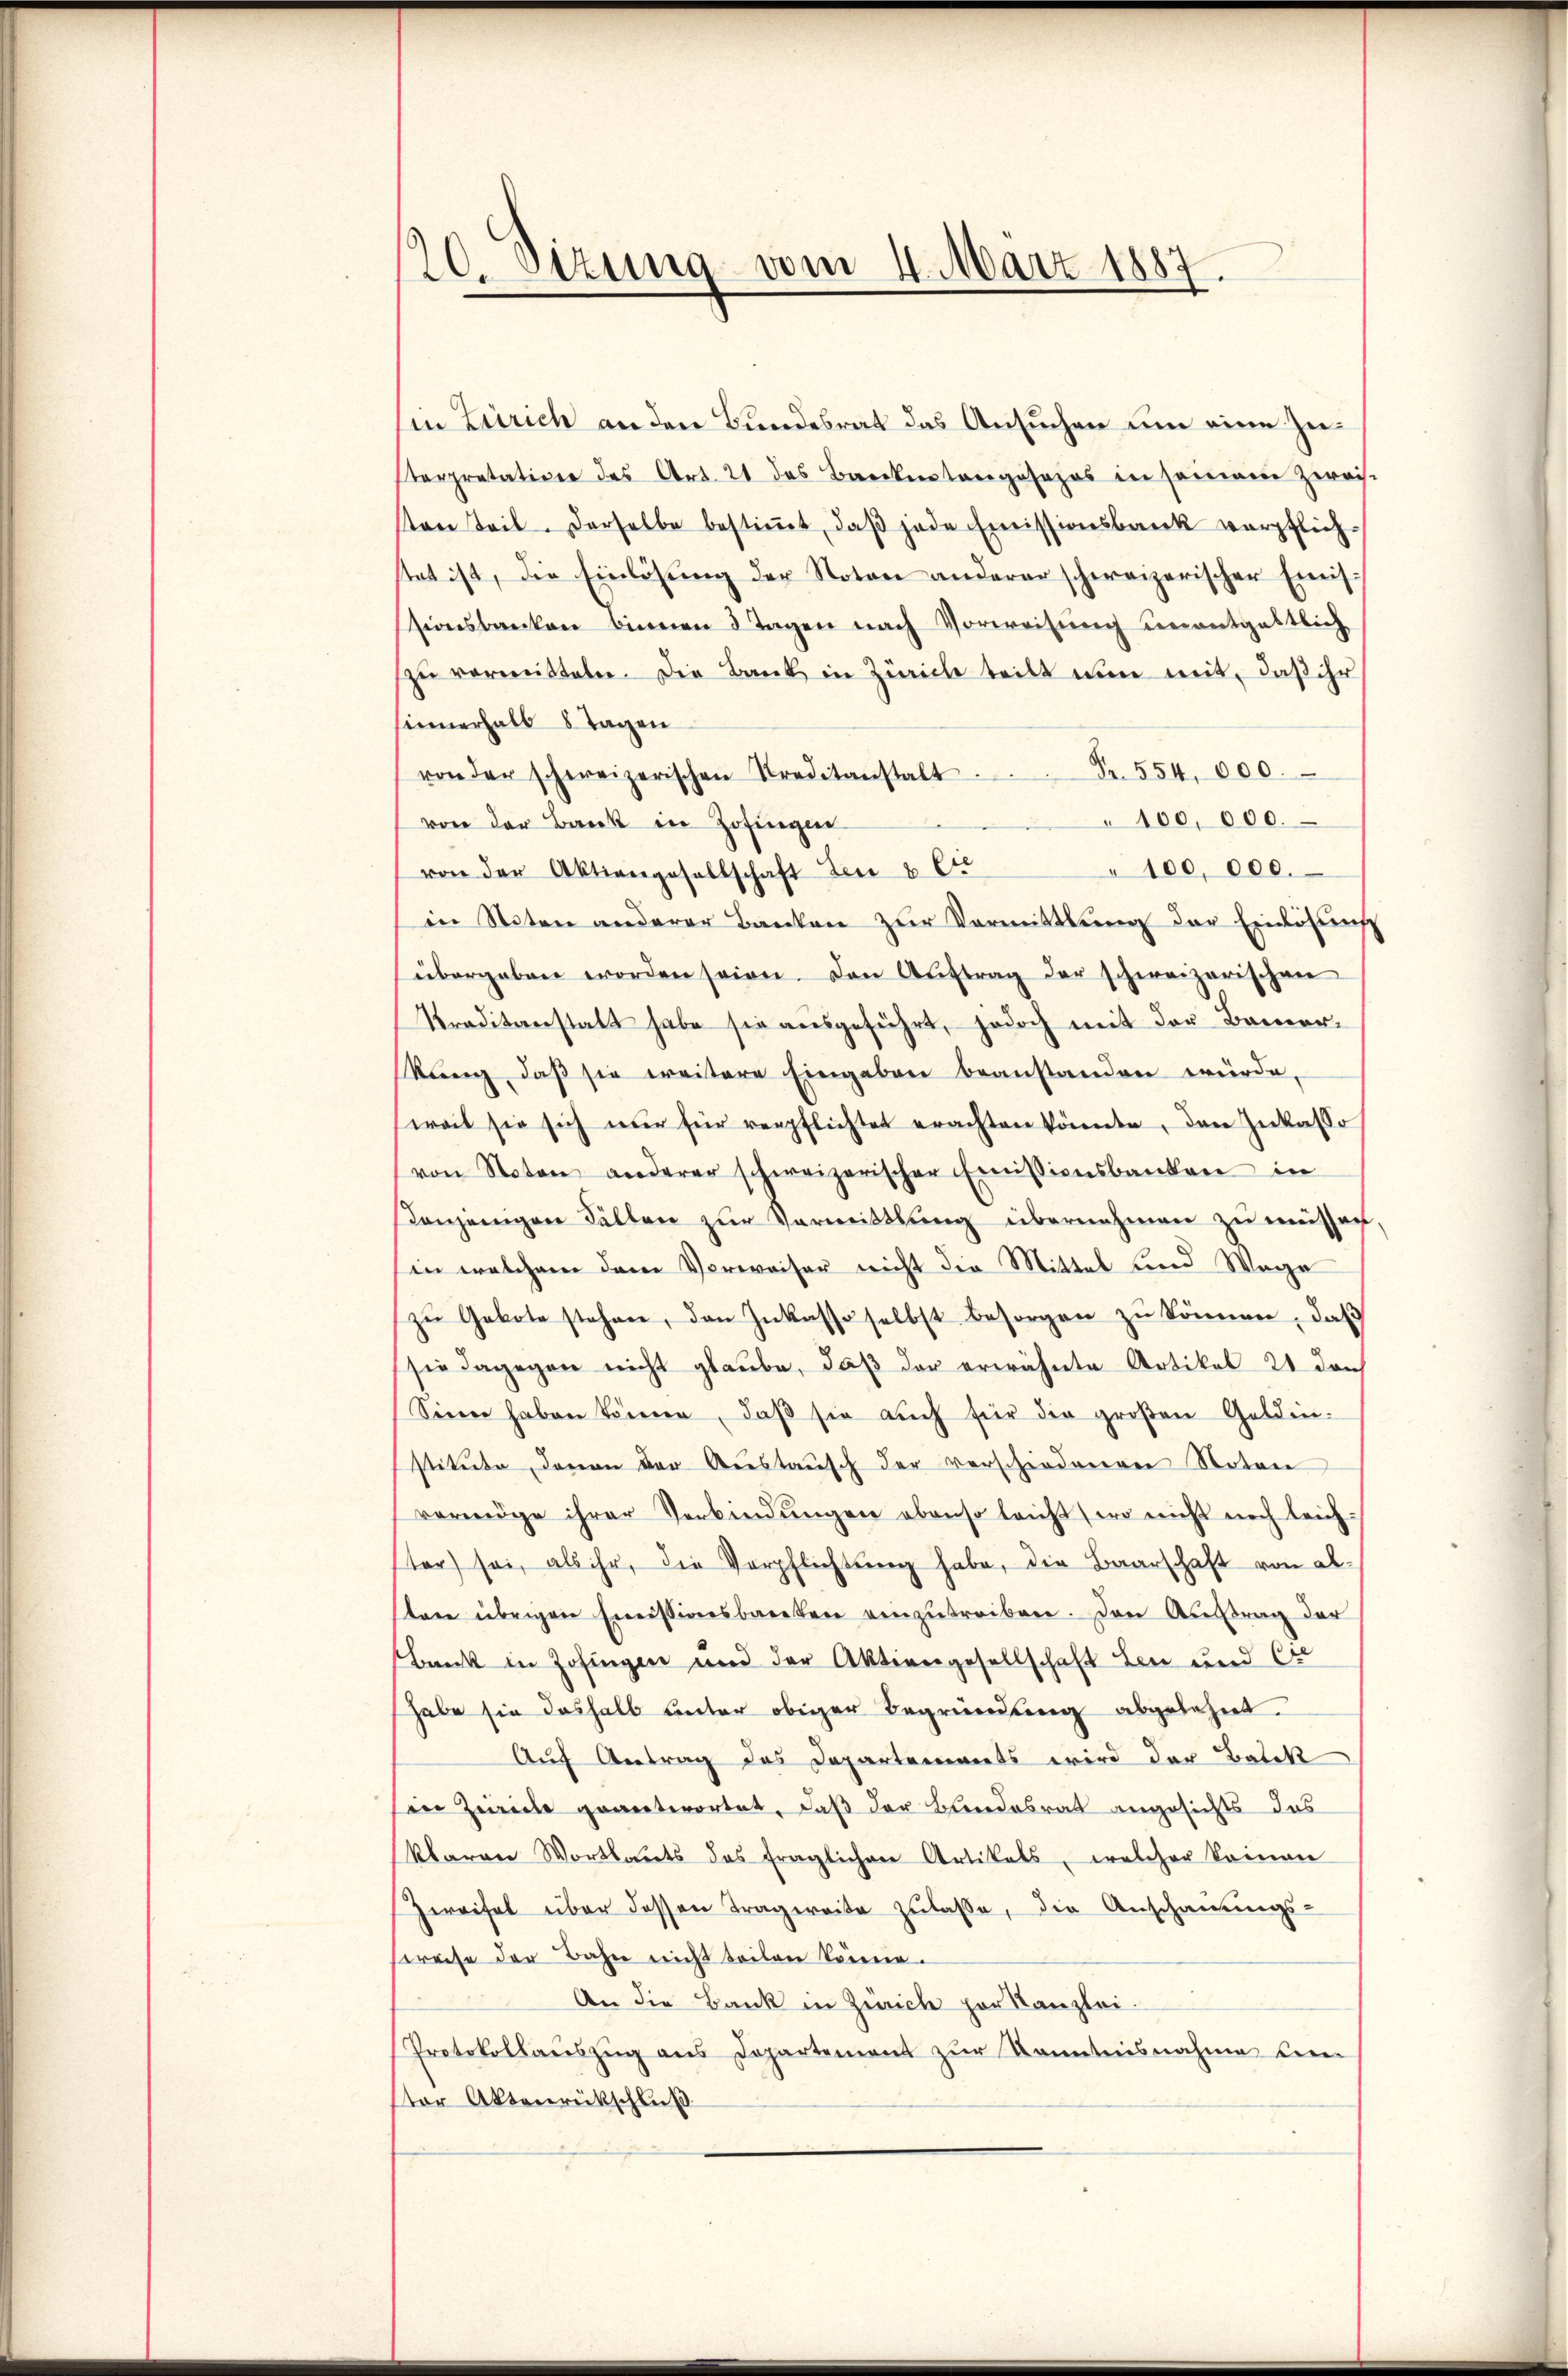
20. Sizung vom 4. März 1887.

in Zürich an den Bundesrat das Ansuchen um eine Zieterpretation des Art. 21 des Bankentangesezes in seinem Zweise
ton Teil derselbe bestiṁt, daβ jede Emissionsbank verpflichstet ist, die Einlösung der Noten anderer schweizerischer Emis
sionsbrucken binnen 3 Tagen nach Vorweisŭng unentgeltlich
zŭ vermitteln. Die Bank in Zürich teilt nun mit, daß ihr
sinnerhalb 8 Tagen
Fr. 554,000.
von der schweizerischen Kreditanstalt
100,000.
von der Bank in Zofingen
" 100,000.
von der Aktiengesellschaft Leu & Cie
in Noten anderer Banken zŭr Vormittlung der Einlösung
übergeben worden seien. Den Aŭftrag der schweizerischen
Praditanstatt habe sie aŭsgeführt, jedoch mit der Bemer-
Rang, daß sie weitere Eingaben beanstanden würde,
weil sie sich nŭr für verpflichtet erachten könnte, den Inkasso
von Noton anderer schweizerischer Emissionsbanken in
onjenigen Fällen zur Vormittlung übernehmen zu müssen
sin welchem dem Verwaiser nicht die Mittel und Wege
zŭ Gebote stehen, den Inkasse selbst besorgen zŭ können, daß
sie dagegen nicht glaube, daß der erwähnte Artikel 21 den
Seen haben könne, daβ sie aŭch für die groβen Gelden.
stitute, davon der Austausch der verschiedenen Noten
vermöge ihrer Verbindŭngen ebenso leicht wo nicht noch leichstor sei, als ihr, die Verpflichtung habe, die Baarschaft von altere übrigen Emissionsbarken einzutreiben. Den Auftrag der
Bank in Zofingen und der Aktiengesellschaft Leu und Cr
habe sie deshalb unter obiger Begründung abgelehnt.
Auf Antrag das Departements wird der Balck
in Zürich geverterortet, daß der Bundesrat angesichts das
klaren Wortlauts das fraglichen Artikels, welcher keinen
Zweifel über dessen Tragereite zulasse, die Anschauungs-
spreise der Bahn nicht teilen könne.
An die Bank in Zürich her Kanzlei.
Protokollaŭszŭg ans Departement zŭr Kenntnisnahme kein
tor Aktenrückschluß